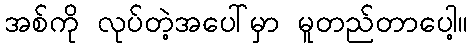
အစ်ကို လုပ်တဲ့အပေါ်မှာ မူတည်တာပေါ့။